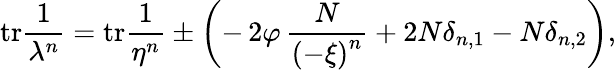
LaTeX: \mathrm{tr}\frac{1}{\lambda^{n}}=\mathrm{tr}\frac{1}{\eta^{n}}\pm\biggl(-\, 2\varphi\, \frac{N}{\left(-\xi\right)^{n}}+2N\delta_{n,1}-N\delta_{n,2}\biggl),